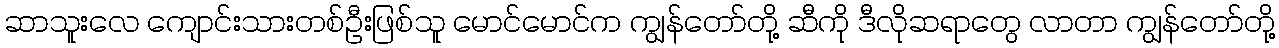
ဆာသူးလေ ကျောင်းသားတစ်ဦးဖြစ်သူ မောင်မောင်က ကျွန်တော်တို့ ဆီကို ဒီလိုဆရာတွေ လာတာ ကျွန်တော်တို့